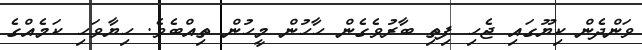
ވަންދެން ކިޔޫގައި ޖެހި ފިތި ބާރުވެގެން ހާހުން މީހުން ތިއްބެވެ. ހިޔާވަހި ކަމެއްގެ